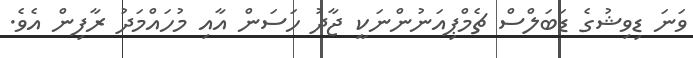
ވަނަ ޑިވިޝުގެ ޑަބަލްސް ޗެމްޕިއަނުންނަކީ ޖާދު ހަސަން އާއި މުހައްމަދު ރާފިން އެވެ.